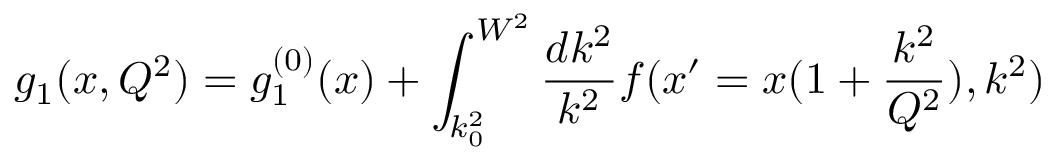
g _ { 1 } ( x , Q ^ { 2 } ) = g _ { 1 } ^ { ( 0 ) } ( x ) + \int _ { k _ { 0 } ^ { 2 } } ^ { W ^ { 2 } } { \frac { d k ^ { 2 } } { k ^ { 2 } } } f ( x ^ { \prime } = x ( 1 + { \frac { k ^ { 2 } } { Q ^ { 2 } } } ) , k ^ { 2 } )